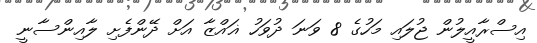
އިސްރާއީލުން ޖުލައި މަހުގެ 8 ވަނަ ދުވަހު ޣައްޒާ އަށް ދޭންފެށި ލާއިންސާނީ